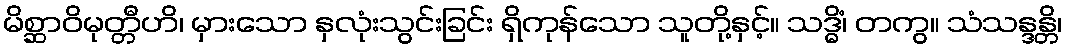
မိစ္ဆာဝိမုတ္တီဟိ၊ မှားသော နှလုံးသွင်းခြင်း ရှိကုန်သော သူတို့နှင့်။ သဒ္ဓိံ၊ တကွ။ သံသန္ဒန္တိ၊